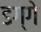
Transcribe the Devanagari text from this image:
डग्गे